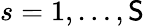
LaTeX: s=1,\ldots,\mathsf{S}